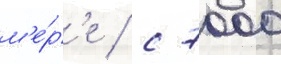
м'е́р'е / с 7000